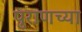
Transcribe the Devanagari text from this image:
पुराणच्या